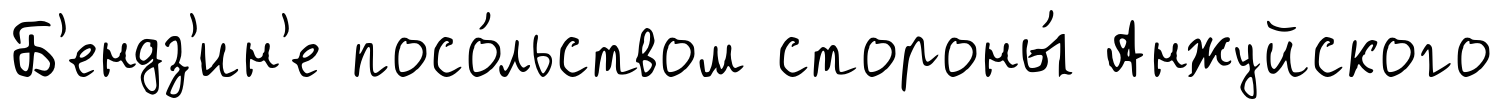
Б'ендз'ин'е посо́льством стороны́ Анжуйского